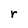
Character: r